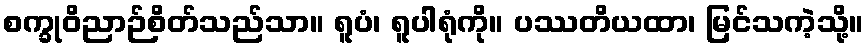
စက္ခုဝိညာဉ်စိတ်သည်သာ။ ရူပံ၊ ရူပါရုံကို။ ပဿတိယထာ၊ မြင်သကဲ့သို့။